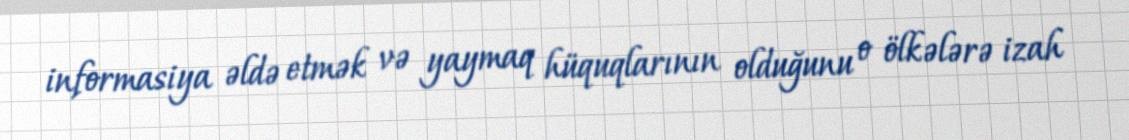
informasiya əldə etmək və yaymaq hüquqlarının olduğunu o ölkələrə izah